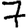
Digit: 7